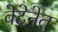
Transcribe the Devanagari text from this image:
वेदेनेत